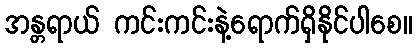
အန္တရာယ် ကင်းကင်းနဲ့ရောက်ရှိနိုင်ပါစေ။